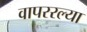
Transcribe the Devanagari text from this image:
वापररल्या